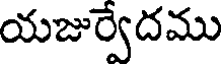
యజుర్వేదము